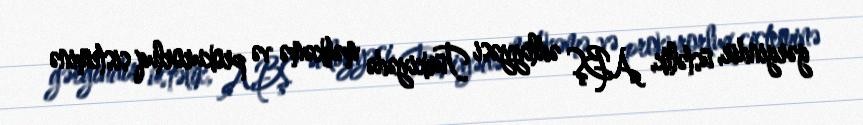
gərgindir, üstəlik, ABŞ ədliyyəsi Türkiyədə məhkəmə və prokurorluq sisteminə